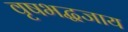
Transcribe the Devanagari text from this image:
वृषभद्धजाय